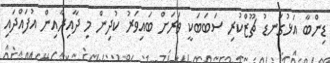
ޑިންބާ އަޅުގަނޑު ޗޫޒްކުރި ސަބަބަކީ ވަަރަށް ބައިވަރު ކުދިން މި ދާއިރާއިން އުފައްދައި